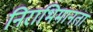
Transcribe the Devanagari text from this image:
निराभिमानता